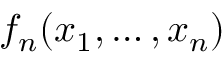
f _ { n } ( x _ { 1 } , \ldots , x _ { n } )